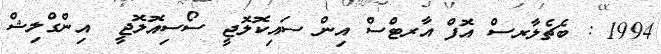
1994 : ބެޗެލާރސް އޮފް އާރޓްސް އިން ސައިކޮލޮޖީ ސޯސިއޮލޮޖީ  އިންގްލިޝް